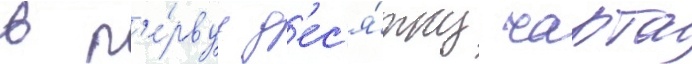
в п'е́рвуу д'ес'я́тку чарта